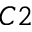
C 2